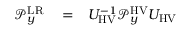
\begin{array} { r l r } { \mathcal { P } _ { y } ^ { \mathrm { L R } } } & { { } = } & { U _ { \mathrm { H V } } ^ { - 1 } \mathcal { P } _ { y } ^ { \mathrm { H V } } U _ { \mathrm { H V } } } \end{array}